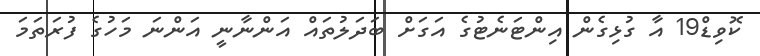
ކޮވިޑް19 އާ ގުޅިގެން އިންޓަނެޓުގެ އަގަށް ބަދަލުތައް އަންނާނީ އަންނަ މަހުގެ ފުރަތަމަ